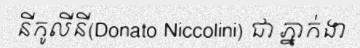
នីកូលីនី(Donato Niccolini) ជា ភ្នាក់ងា